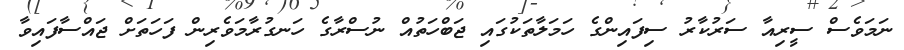
ނަމަވެސް ސީރިއާ ސަރުކާރު ސިފައިންގެ ހަމަލާތަކުގައި ޖަބްހަތުއް ނުސްރާގެ ހަނގުރާމަވެރިން ފަހަތަށް ޖައްސާފައިވާ